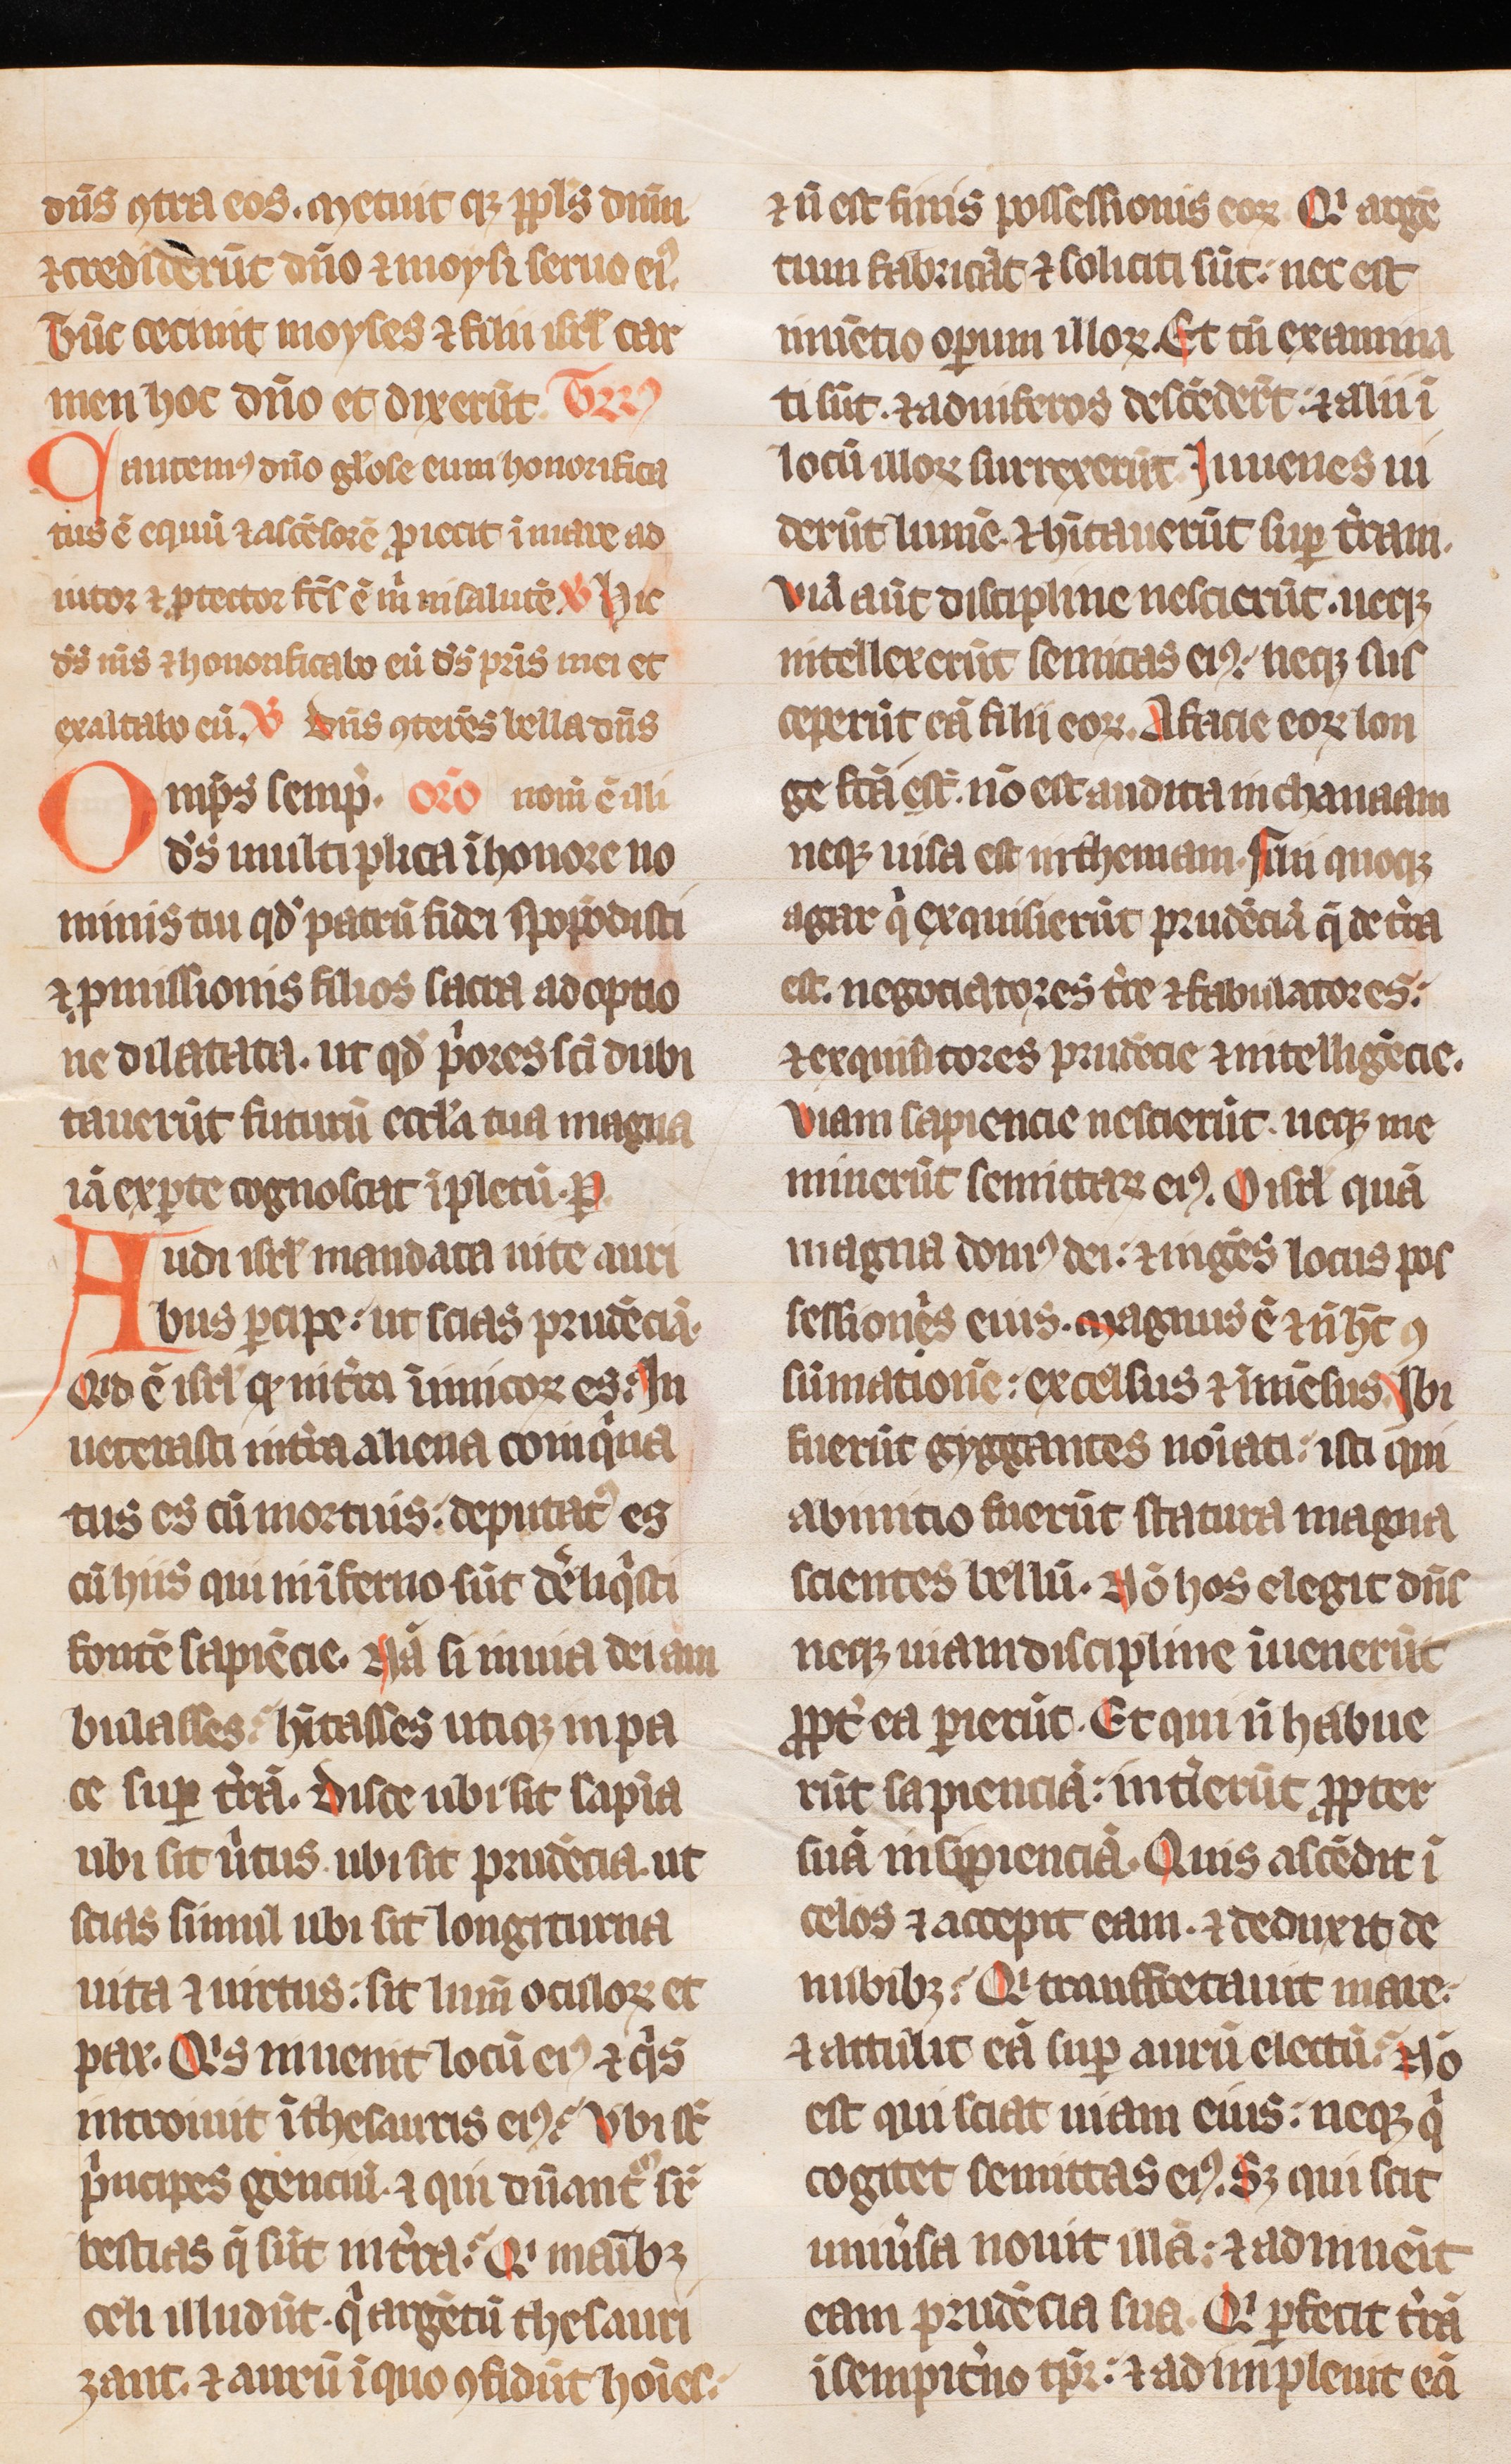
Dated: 1300–1399